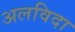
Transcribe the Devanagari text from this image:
अलविदा